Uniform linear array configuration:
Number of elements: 4
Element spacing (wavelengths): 0.25
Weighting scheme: uniform
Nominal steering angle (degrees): -60
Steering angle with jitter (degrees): -61.536
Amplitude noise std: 0.05
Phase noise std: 0.05

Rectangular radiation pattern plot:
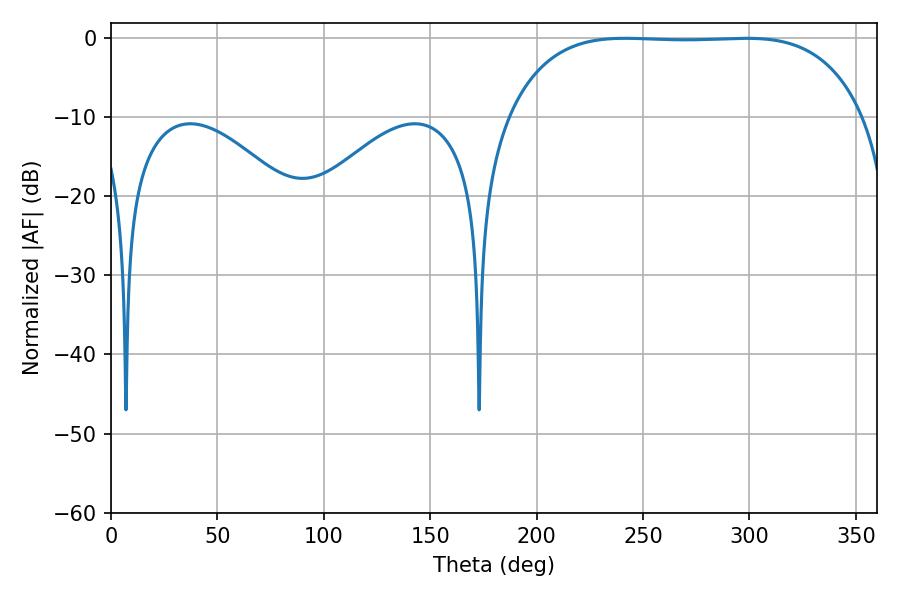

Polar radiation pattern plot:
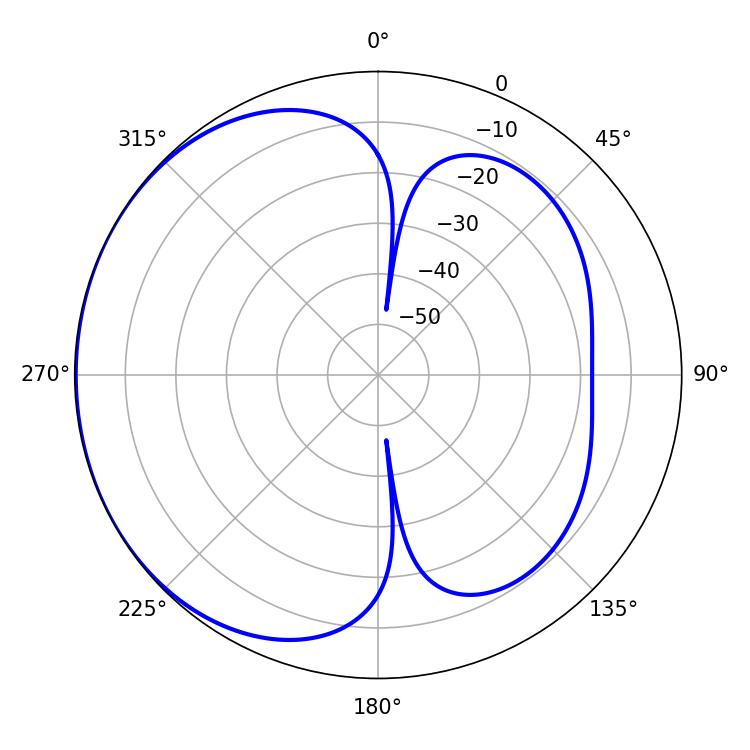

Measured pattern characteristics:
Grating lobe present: FALSE
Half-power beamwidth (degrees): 129.96
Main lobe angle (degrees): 241.56